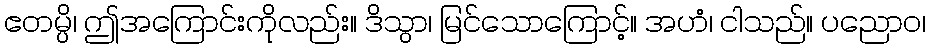
ဧတမ္ပိ၊ ဤအကြောင်းကိုလည်း။ ဒိသွာ၊ မြင်သောကြောင့်။ အဟံ၊ ငါသည်။ ပညောဝ၊